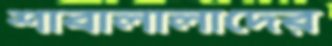
শাবালালাদের